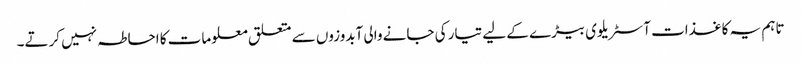
تاہم یہ کاغذات آسٹریلوی بیڑے کے لیے تیار کی جانے والی آبدوزوں سے متعلق معلومات کا احاطہ نہیں کرتے۔